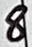
Text: 8